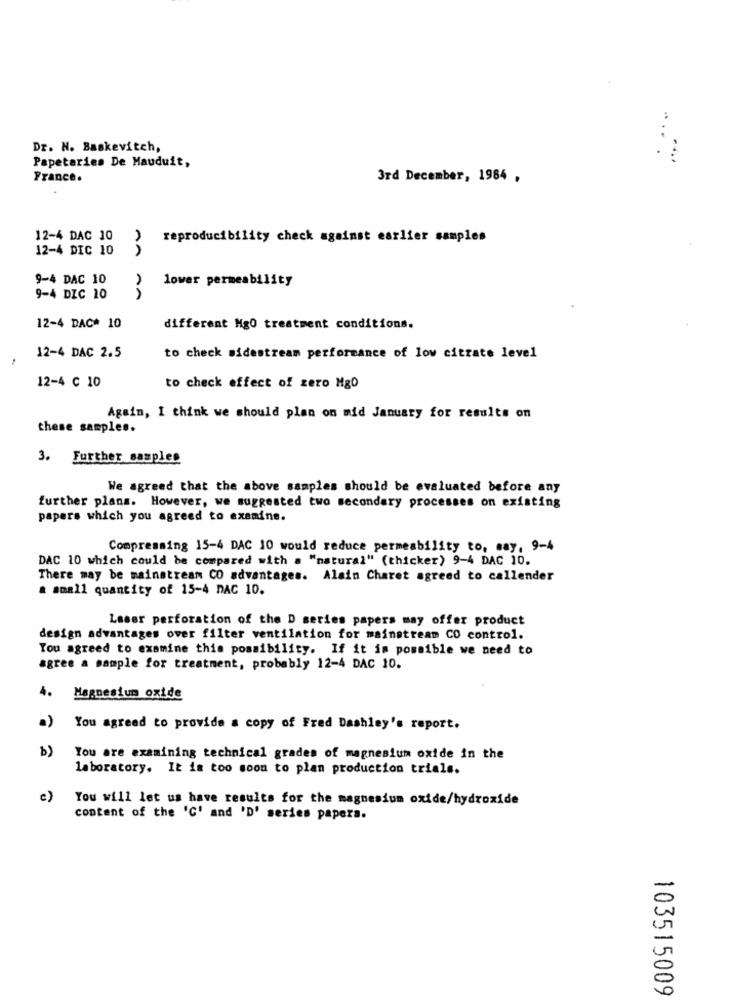
Dr. N. Baskevitch,
Papeteries De Mauduit,
France.
3rd December, 1984 ,
12-4 DAC 10
reproducibility check against earlier samples
12-4 DIC 10
9-4 DAC 10
lower permeability
9-4 DIC 10
NA
12-4 DAC* 10
different Mg0 treatment conditions.
12-4 DAC 2.5
to check sidestream performance of low citrate level
12-4 ℃ 10
to check effect of zero Mg0
Again, I think we should plan on mid January for results on
these samples.
3. Further samples
We agreed that the above samples should be evaluated before any
further plans. However, we suggested two secondary processes on existing
papers which you agreed to examine.
Compressing 15-4 DAC 10 would reduce permeability to, say, 9-4
DAC 10 which could be compared with a "natural" (thicker) 9-4 DAC 10.
There may be mainstream CO advantages. Alain Charet agreed to callender
a small quantity of 15-4 DAC 10.
Laser perforation of the D series papers may offer product
design advantages over filter ventilation for mainstream CO control.
You agreed to examine this possibility. If it is possible we need to
agree a sample for treatment, probably 12-4 DAC 10.
4. Magnesium oxide
a) You agreed to provide a copy of Fred Dashley's report.
b)
You are examining technical grades of magnesium oxide in the
laboratory. It is too soon to plan production trials.
c)
You will let us have results for the magnesium oxide/hydroxide
content of the 'C' and 'D' series papers.
103515009